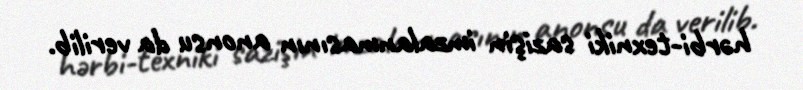
hərbi-texniki sazişin imzalanmasının anonsu da verilib.